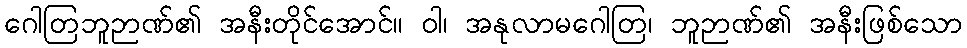
ဂေါတြဘူဉာဏ်၏ အနီးတိုင်အောင်။ ဝါ၊ အနုလာမဂေါတြ၊ ဘူဉာဏ်၏ အနီးဖြစ်သော